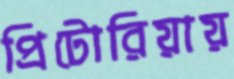
প্রিটোরিয়ায়